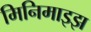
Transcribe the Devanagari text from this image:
मिनिमाइझ